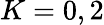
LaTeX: K=0,2